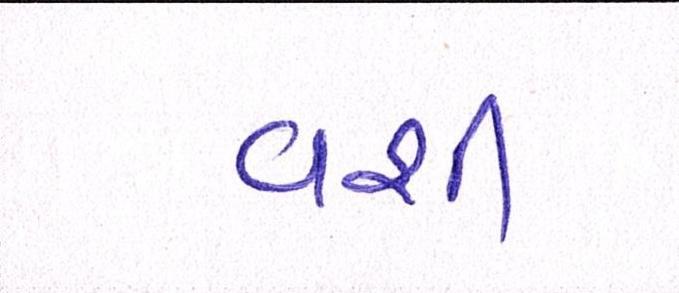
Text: વશી